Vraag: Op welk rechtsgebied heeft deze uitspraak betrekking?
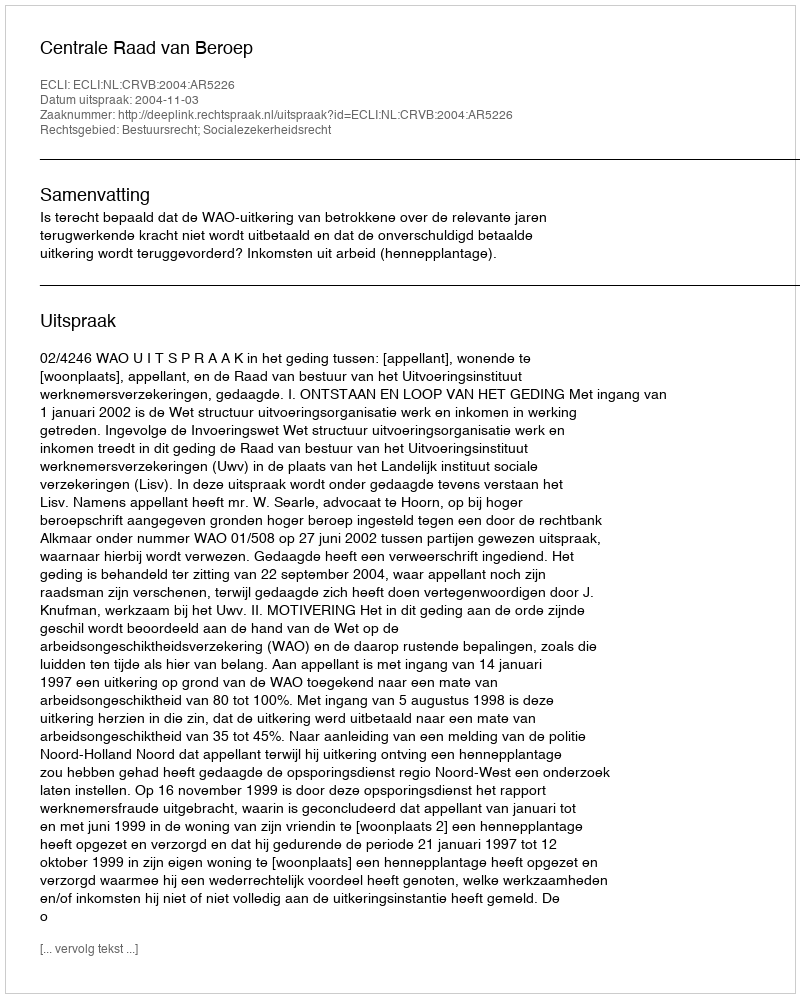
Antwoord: Bestuursrecht; Socialezekerheidsrecht